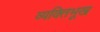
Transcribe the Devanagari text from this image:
व्यक्तिभूख